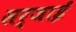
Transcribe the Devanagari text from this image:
सर्जाई